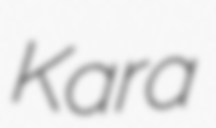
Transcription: Kara